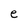
Character: e